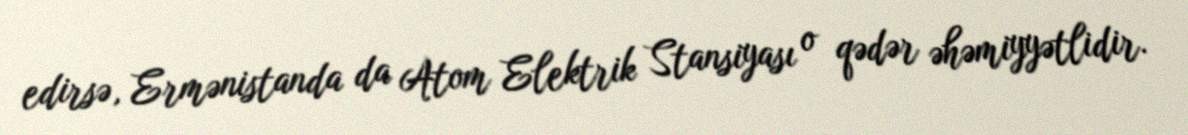
edirsə, Ermənistanda da Atom Elektrik Stansiyası o qədər əhəmiyyətlidir.